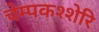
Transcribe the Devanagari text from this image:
चेम्पकश्शेरि